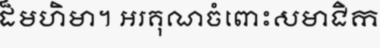
ដ៏មហិមា។ អរគុណចំពោះសមាជិក